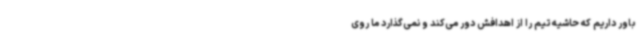
باور داریم که حاشیه تیم را از اهدافش دور می‌کند و نمی‌گذارد ما روی